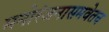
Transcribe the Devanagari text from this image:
मनोरंजनासमवेतच